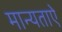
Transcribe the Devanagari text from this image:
मान्यताऐ